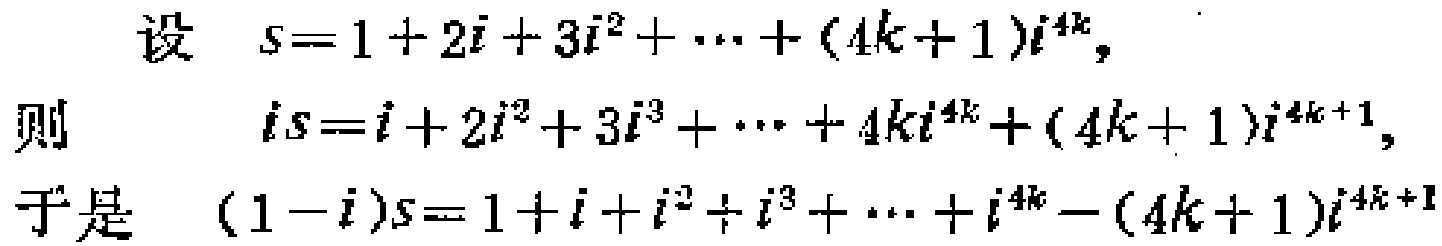
设 \(s = 1 + 2i+3i^{2}+\cdots+(4k + 1)i^{4k}\)，
则 \(is=i + 2i^{2}+3i^{3}+\cdots+4ki^{4k}+(4k + 1)i^{4k + 1}\)，
于是 \((1 - i)s=1 + i + i^{2}+i^{3}+\cdots+i^{4k}-(4k + 1)i^{4k + 1}\)